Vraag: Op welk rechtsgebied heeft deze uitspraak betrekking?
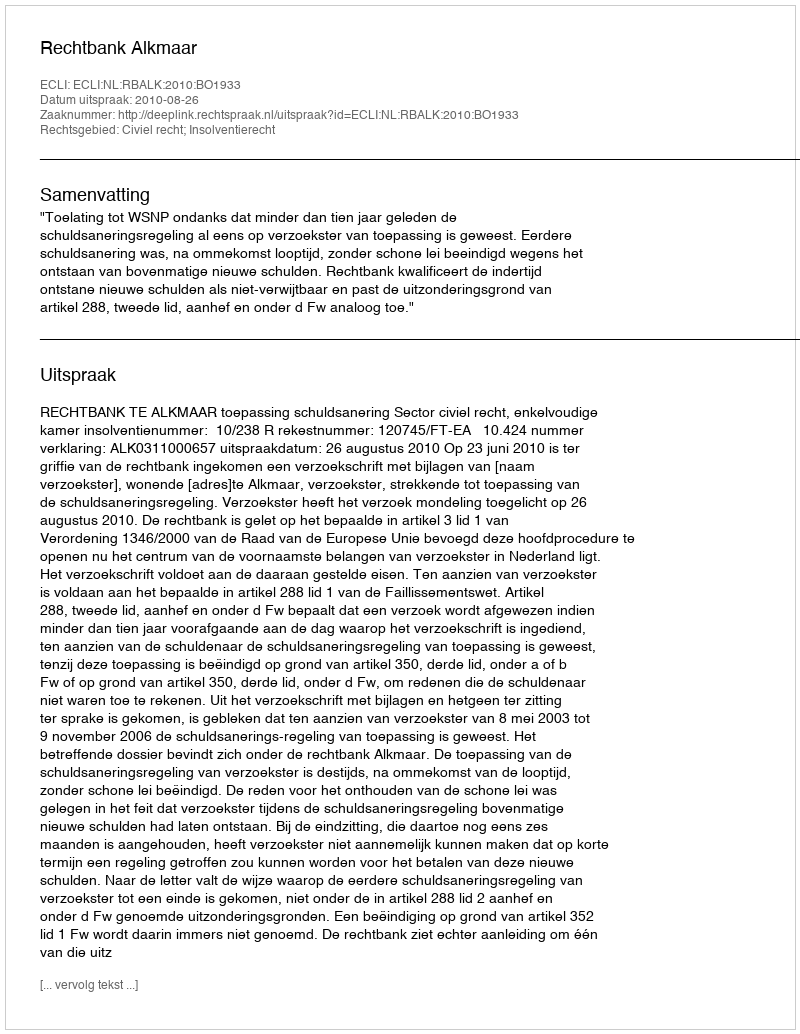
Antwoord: Civiel recht; Insolventierecht